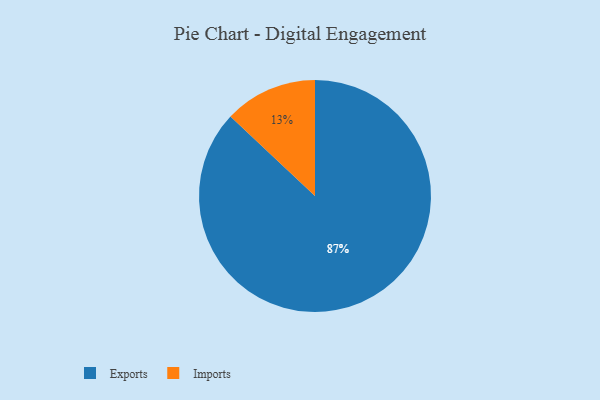
{"axis": {"x": "Category", "y": "Percentage"}, "legend": ["Exports", "Imports"], "data": [{"x": "Imports", "y": 13, "type": "Imports"}, {"x": "Exports", "y": 87, "type": "Exports"}]}